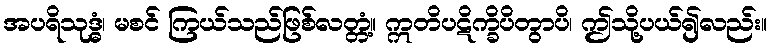
အပရိသုဒ္ဓံ၊ မစင် ကြယ်သည်ဖြစ်လတ္တံ့။ ဣတိပဋိက္ခိပိတွာပိ၊ ဤသို့ပယ်၍လည်း။